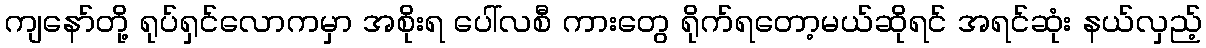
ကျနော်တို့ ရုပ်ရှင်လောကမှာ အစိုးရ ပေါ်လစီ ကားတွေ ရိုက်ရတော့မယ်ဆိုရင် အရင်ဆုံး နယ်လှည့်